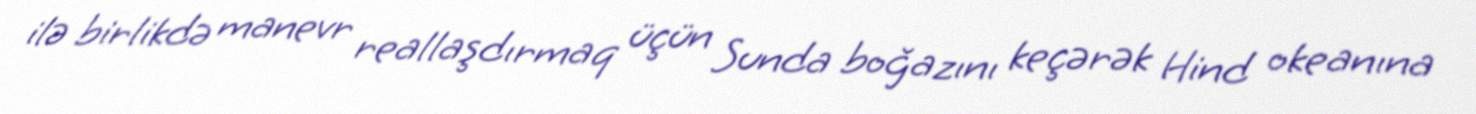
ilə birlikdə manevr reallaşdırmaq üçün Sunda boğazını keçərək Hind okeanına